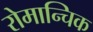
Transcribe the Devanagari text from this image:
रोमान्चिक